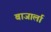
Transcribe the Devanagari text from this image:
बाजार्ला